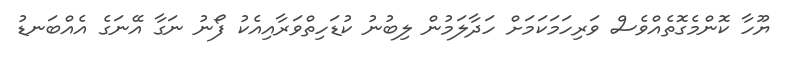
ޔޫހާ ކޮންމެގޮތެއްވެސް ވަރިހަމަކަމަށް ހަދާލަމުން ލިބުނު ކުޑަހިތްވަރާއިއެކު ފޯނު ނަގާ އޭނަގެ އެއްބަނޑު